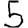
Digit: 5